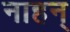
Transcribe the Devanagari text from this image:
नाहन्